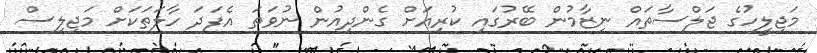
މަޖިލީހުގެ ޖަލްސާތައް ނިޒާމުން ބޭރުގައި ކުރިއަށް ގެންދިއުން ނުވަތަ އެފަދަ ހާލަތަކަށް މަޖިލިސް